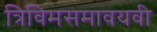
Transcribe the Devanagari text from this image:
त्रिविमसमावयवी